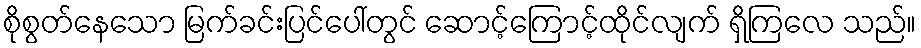
စိုစွတ်နေသော မြက်ခင်းပြင်ပေါ်တွင် ဆောင့်ကြောင့်ထိုင်လျက် ရှိကြလေ သည်။